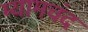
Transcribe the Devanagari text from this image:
म्यामचंद